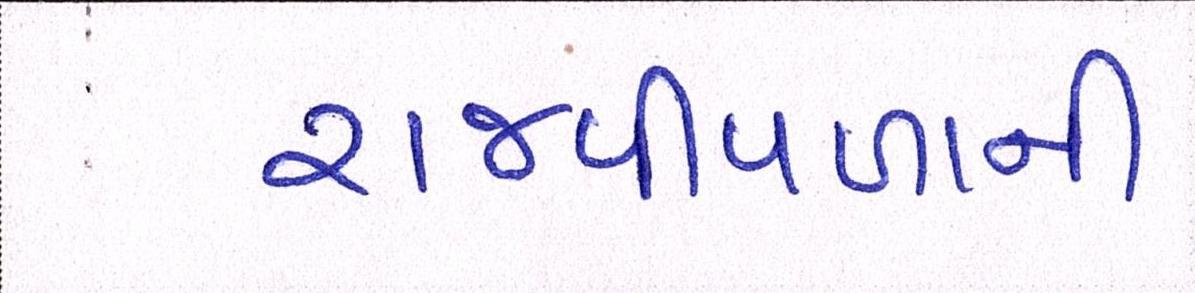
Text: રાજપીપળાની